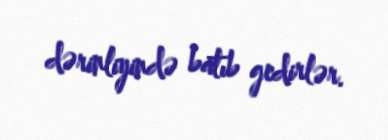
dərinliyində batıb gedirlər.